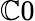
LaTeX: \mathbb{C}0